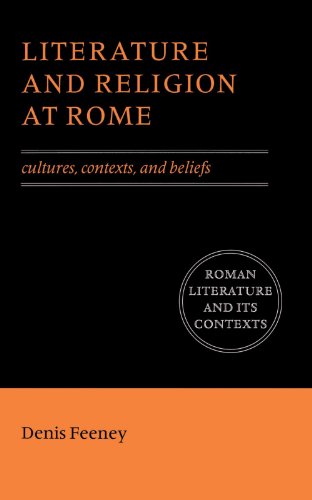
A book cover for Literature and Religion at Rome: Cultures, Contexts, and Beliefs (Roman Literature and its Contexts); Denis Feeney; Literature & Fiction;